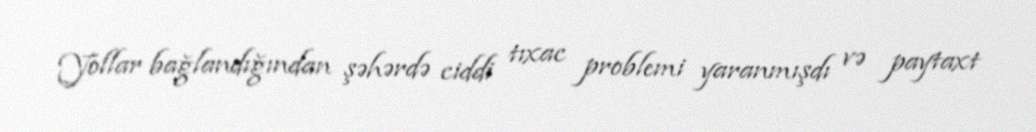
Yollar bağlandığından şəhərdə ciddi tıxac problemi yaranmışdı və paytaxt